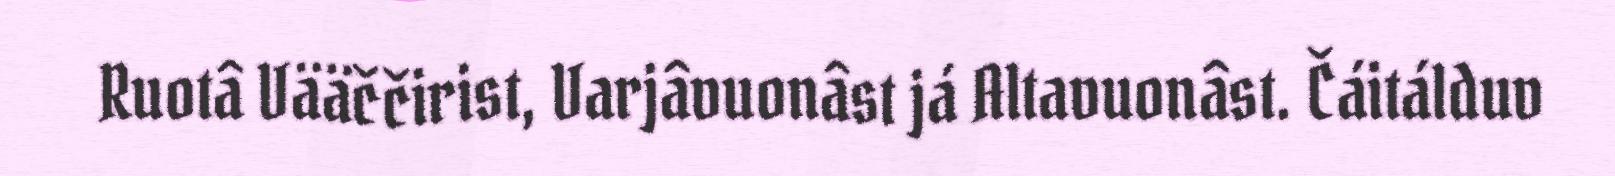
Ruotâ Vääččirist, Varjâvuonâst já Altavuonâst. Čáitálduv